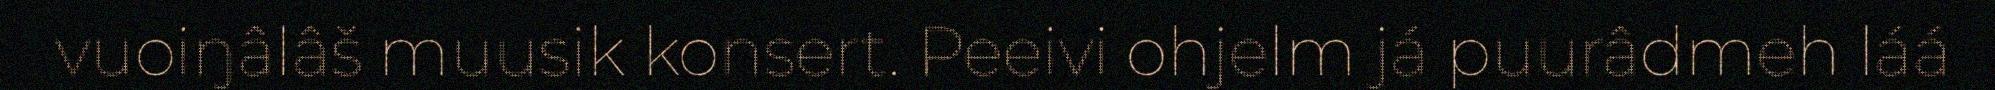
vuoiŋâlâš muusik konsert. Peeivi ohjelm já puurâdmeh láá